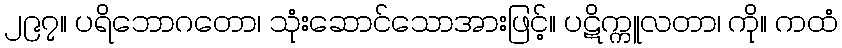
၂၉၇။ ပရိဘောဂတော၊ သုံးဆောင်သောအားဖြင့်။ ပဋိက္ကူလတာ၊ ကို။ ကထံ